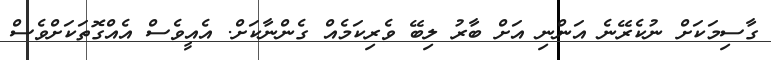
ގާސިމަކަށް ނުކެރޭނެ އަންނި އަށް ބާރު ލިބޭ ވެރިކަމެއް ގެންނާކަށް. އެއީވެސް އެއްގޮތަކަށްވެސް